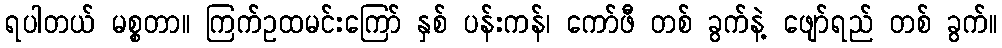
ရပါတယ် မစ္စတာ။ ကြက်ဥထမင်းကြော် နှစ် ပန်းကန်၊ ကော်ဖီ တစ် ခွက်နဲ့ ဖျော်ရည် တစ် ခွက်။